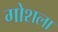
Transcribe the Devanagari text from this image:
गोशला